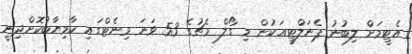
އެޓީމަށް ލިބުނު ޕެނަލްޓީއަކުން މި ގޯލް މެޗުގެ 53 ވަނަ މިނެޓްގައި ކާމިޔާބުކޮށްދިނީ